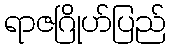
ရာဇဂြိုဟ်ပြည်